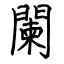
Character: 闌